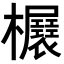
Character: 𣡃